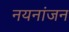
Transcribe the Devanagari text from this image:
नयनांजन